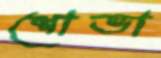
শোভা